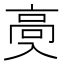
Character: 𱅶